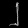
Digit: ၂